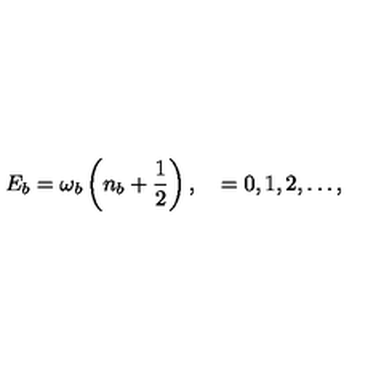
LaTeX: E _ { b } = \omega _ { b } \left( n _ { b } + \frac { 1 } { 2 } \right) , \quad = 0 , 1 , 2 , \ldots ,